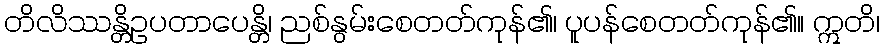
တိလိဿန္တိဥပတာပေန္တိ၊ ညစ်နွမ်းစေတတ်ကုန်၏၊ ပူပန်စေတတ်ကုန်၏။ ဣတိ၊